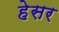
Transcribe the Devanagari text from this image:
हेसर